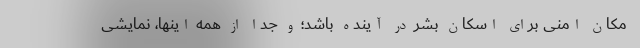
مکان امنی برای اسکان بشر در آینده باشد؛‌ و جدا از همه اینها، نمایشی